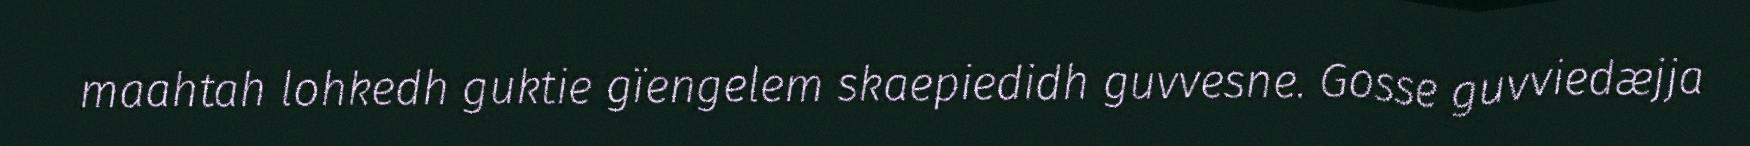
maahtah lohkedh guktie gïengelem skaepiedidh guvvesne. Gosse guvviedæjja